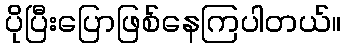
ပိုပြီးပြောဖြစ်နေကြပါတယ်။